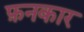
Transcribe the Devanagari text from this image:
फ़नकार